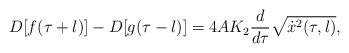
LaTeX: \begin{align*}D[f(\tau+l)]-D[g(\tau-l)]=4 A K_2 \frac{d}{d \tau}\sqrt{\dot x^2(\tau,l)},\end{align*}